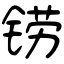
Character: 铹